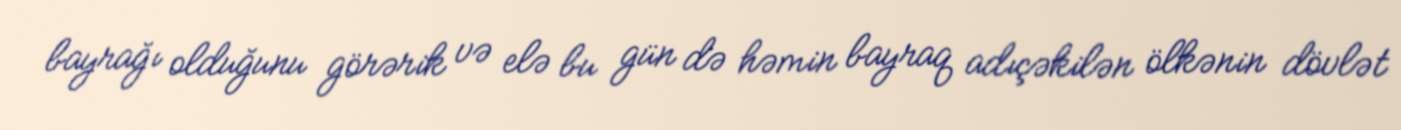
bayrağı olduğunu görərik və elə bu gün də həmin bayraq adıçəkilən ölkənin dövlət